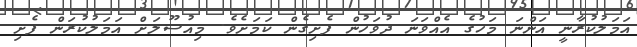
އަމަލުކުރާނީ އަންނަ މަހުގެ އެއްވަނަ ދުވަހުން ފެށިގެން ކަމަށެވެ. މިއުސޫލަށް އަމަލުކުރަން ފެށި